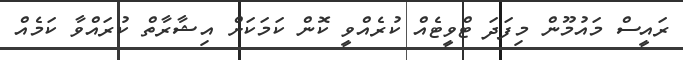
ރައީސް މައުމޫން މިފަދަ ޓްވީޓެއް ކުރެއްވީ ކޮން ކަމަކަށް އިޝާރާތް ކުރައްވާ ކަމެއް